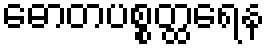
ဓောတပစ္စတ္ထရေန